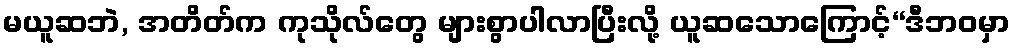
မယူဆဘဲ, အတိတ်က ကုသိုလ်တွေ များစွာပါလာပြီးလို့ ယူဆသောကြောင့်“ဒီဘဝမှာ